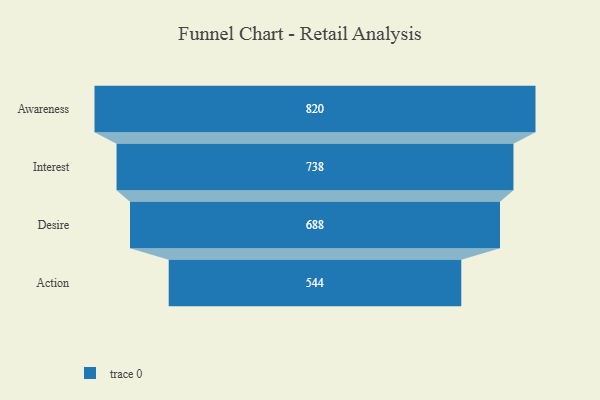
{"axis": {"x": "Stage", "y": "Value"}, "legend": [""], "data": [{"x": "Awareness", "y": 820.0, "type": ""}, {"x": "Interest", "y": 738.0, "type": ""}, {"x": "Desire", "y": 688.0, "type": ""}, {"x": "Action", "y": 544.0, "type": ""}]}